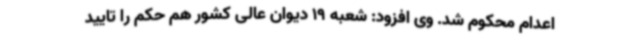
اعدام محکوم شد. وی افزود: شعبه 19 دیوان عالی کشور هم حکم را تایید